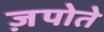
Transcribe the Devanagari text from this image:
ज़पोते